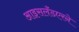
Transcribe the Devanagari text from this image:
आइसलँडएरने